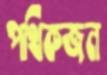
পথিকজন